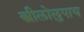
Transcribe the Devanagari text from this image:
स्त्रीलोलुपाय